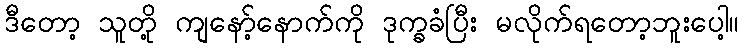
ဒီတော့ သူတို့ ကျနော့်နောက်ကို ဒုက္ခခံပြီး မလိုက်ရတော့ဘူးပေါ့။